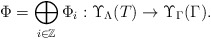
\begin{align*}\Phi=\bigoplus_{i \in \mathbb{Z}}\Phi_i:\Upsilon_{\Lambda}(T) \to \Upsilon_{\Gamma}(\Gamma).\end{align*}